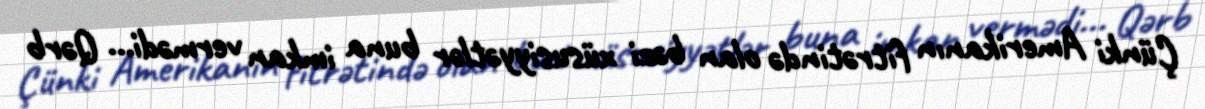
Çünki Amerikanın fitrətində olan bəzi xüsusiyyətlər buna imkan vermədi... Qərb